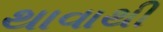
થાવાથી